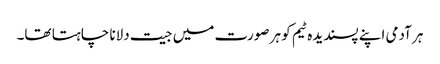
ہر آدمی اپنے پسندیدہ ٹیم کو ہر صورت میں جیت دلانا چاہتا تھا۔